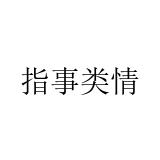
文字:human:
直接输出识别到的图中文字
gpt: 指事类情